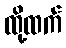
ထို့ထက်